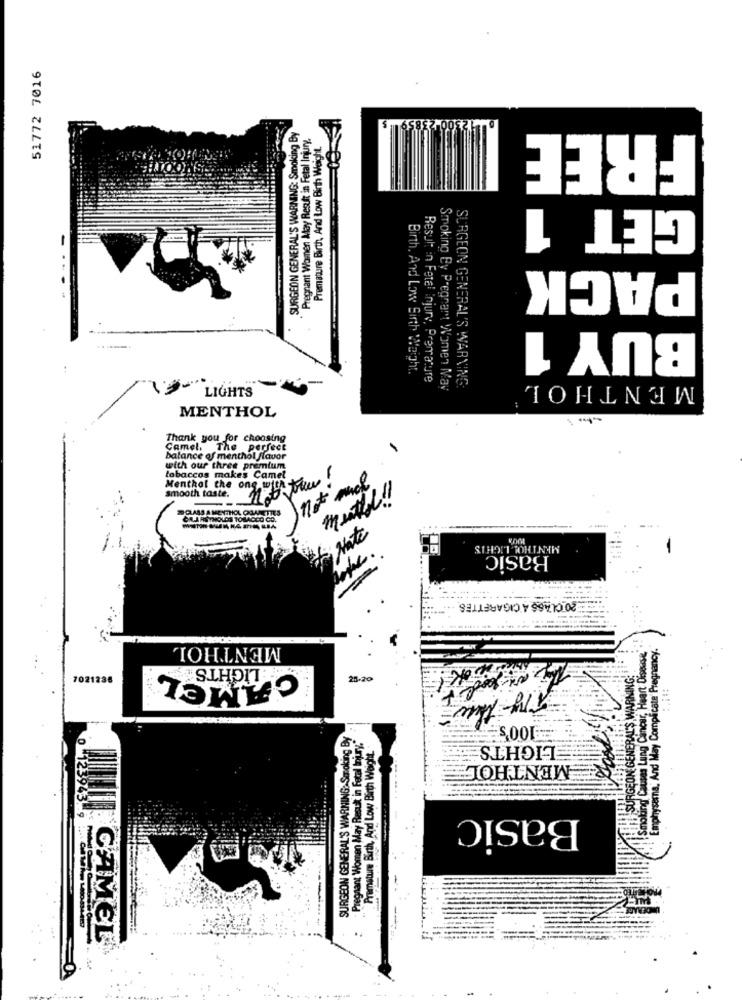
51772 7016
SURGEON GENERAL'S WARNING: Smoking By
Pregnant Women May Result in Fetal Injury.
FREE
Premature Birth, And Low Birth Weight.
GET 1
PACK
BUY 1
Birth, And Low Birth Weight.
Result in Fetel Injury, Premature
MENTHOL
LIGHTS
Smoking Bv Pregnant Women May
SURGEON GENERAL'S WARNING:
MENTHOL
Thank you for choosing
Camel. The perfect
balance of menthol flavor
with our three premium
tobaccos makes Camel
not mal
smooth taste.
Menthol the ong with Viw
2CLASS A MENTHOL OGARETTES
GALARSTHOLDS TOBACCO CO.
Hate
MENTHOL LIGHTS
Basic
20 CLASS A CIGARETTES
MENTHOL
Emphysema, And May Complicate Pregnancy.
ioting Causas Lung Cancer, Heart Disease
LIGHTS
SURGEON GENERAL'S WARNING:
CAMEL
7021236
25-20
Try- the-
SURGEON GENERAL'S WARNING: Smoking By
Pregnant Women May Result in Fetal Injury."
Premature Birth, And Low Birth Weight.
LIGHTS
MENTHOL
Basic
CAMEL